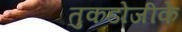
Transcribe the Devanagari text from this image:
तुकडोजीके